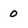
Character: 0